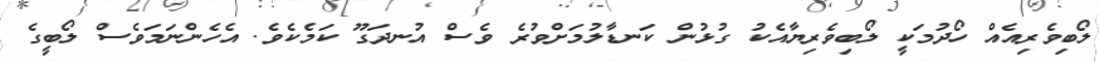
ލޯބިވެރިއެއް ހޯދުމަކީ ލޯބިވެރިޔާއެކު ގުޅުން ކަނޑާލުމަށްވުރެ ވެސް އުނދަގޫ ކަމެކެވެ. އެހެންނަމަވެސް ލޯބީގެ